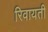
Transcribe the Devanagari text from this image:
रिवायती